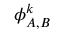
{ \phi } _ { A , B } ^ { k }